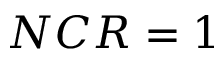
N C R = 1